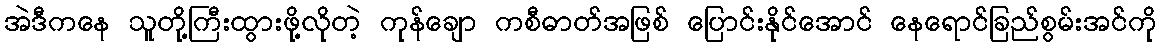
အဲဒီကနေ သူတို့ကြီးထွားဖို့လိုတဲ့ ကုန်ချော ကစီဓာတ်အဖြစ် ပြောင်းနိုင်အောင် နေရောင်ခြည်စွမ်းအင်ကို